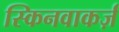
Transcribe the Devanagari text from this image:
स्किनवाकर्ज़